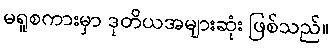
မရူစကားမှာ ဒုတိယအများဆုံး ဖြစ်သည်။